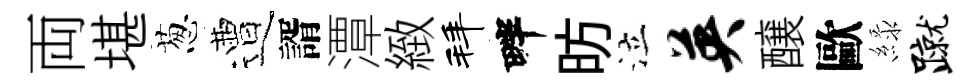
両堪葱遭諝潭緻拜畔昉泣英醸歐緑蹴